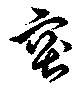
突